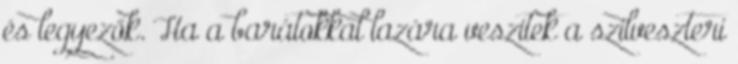
és legyezők. Ha a barátokkal lazára veszitek a szilveszteri